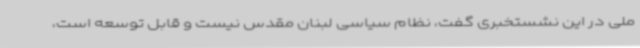
ملی در این نشستخبری گفت، نظام سیاسی لبنان مقدس نیست و قابل توسعه است،